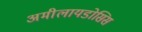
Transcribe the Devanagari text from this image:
अमीलायडोसिस